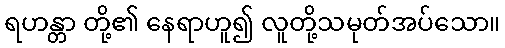
ရဟန္တာ တို့၏ နေရာဟူ၍ လူတို့သမုတ်အပ်သော။